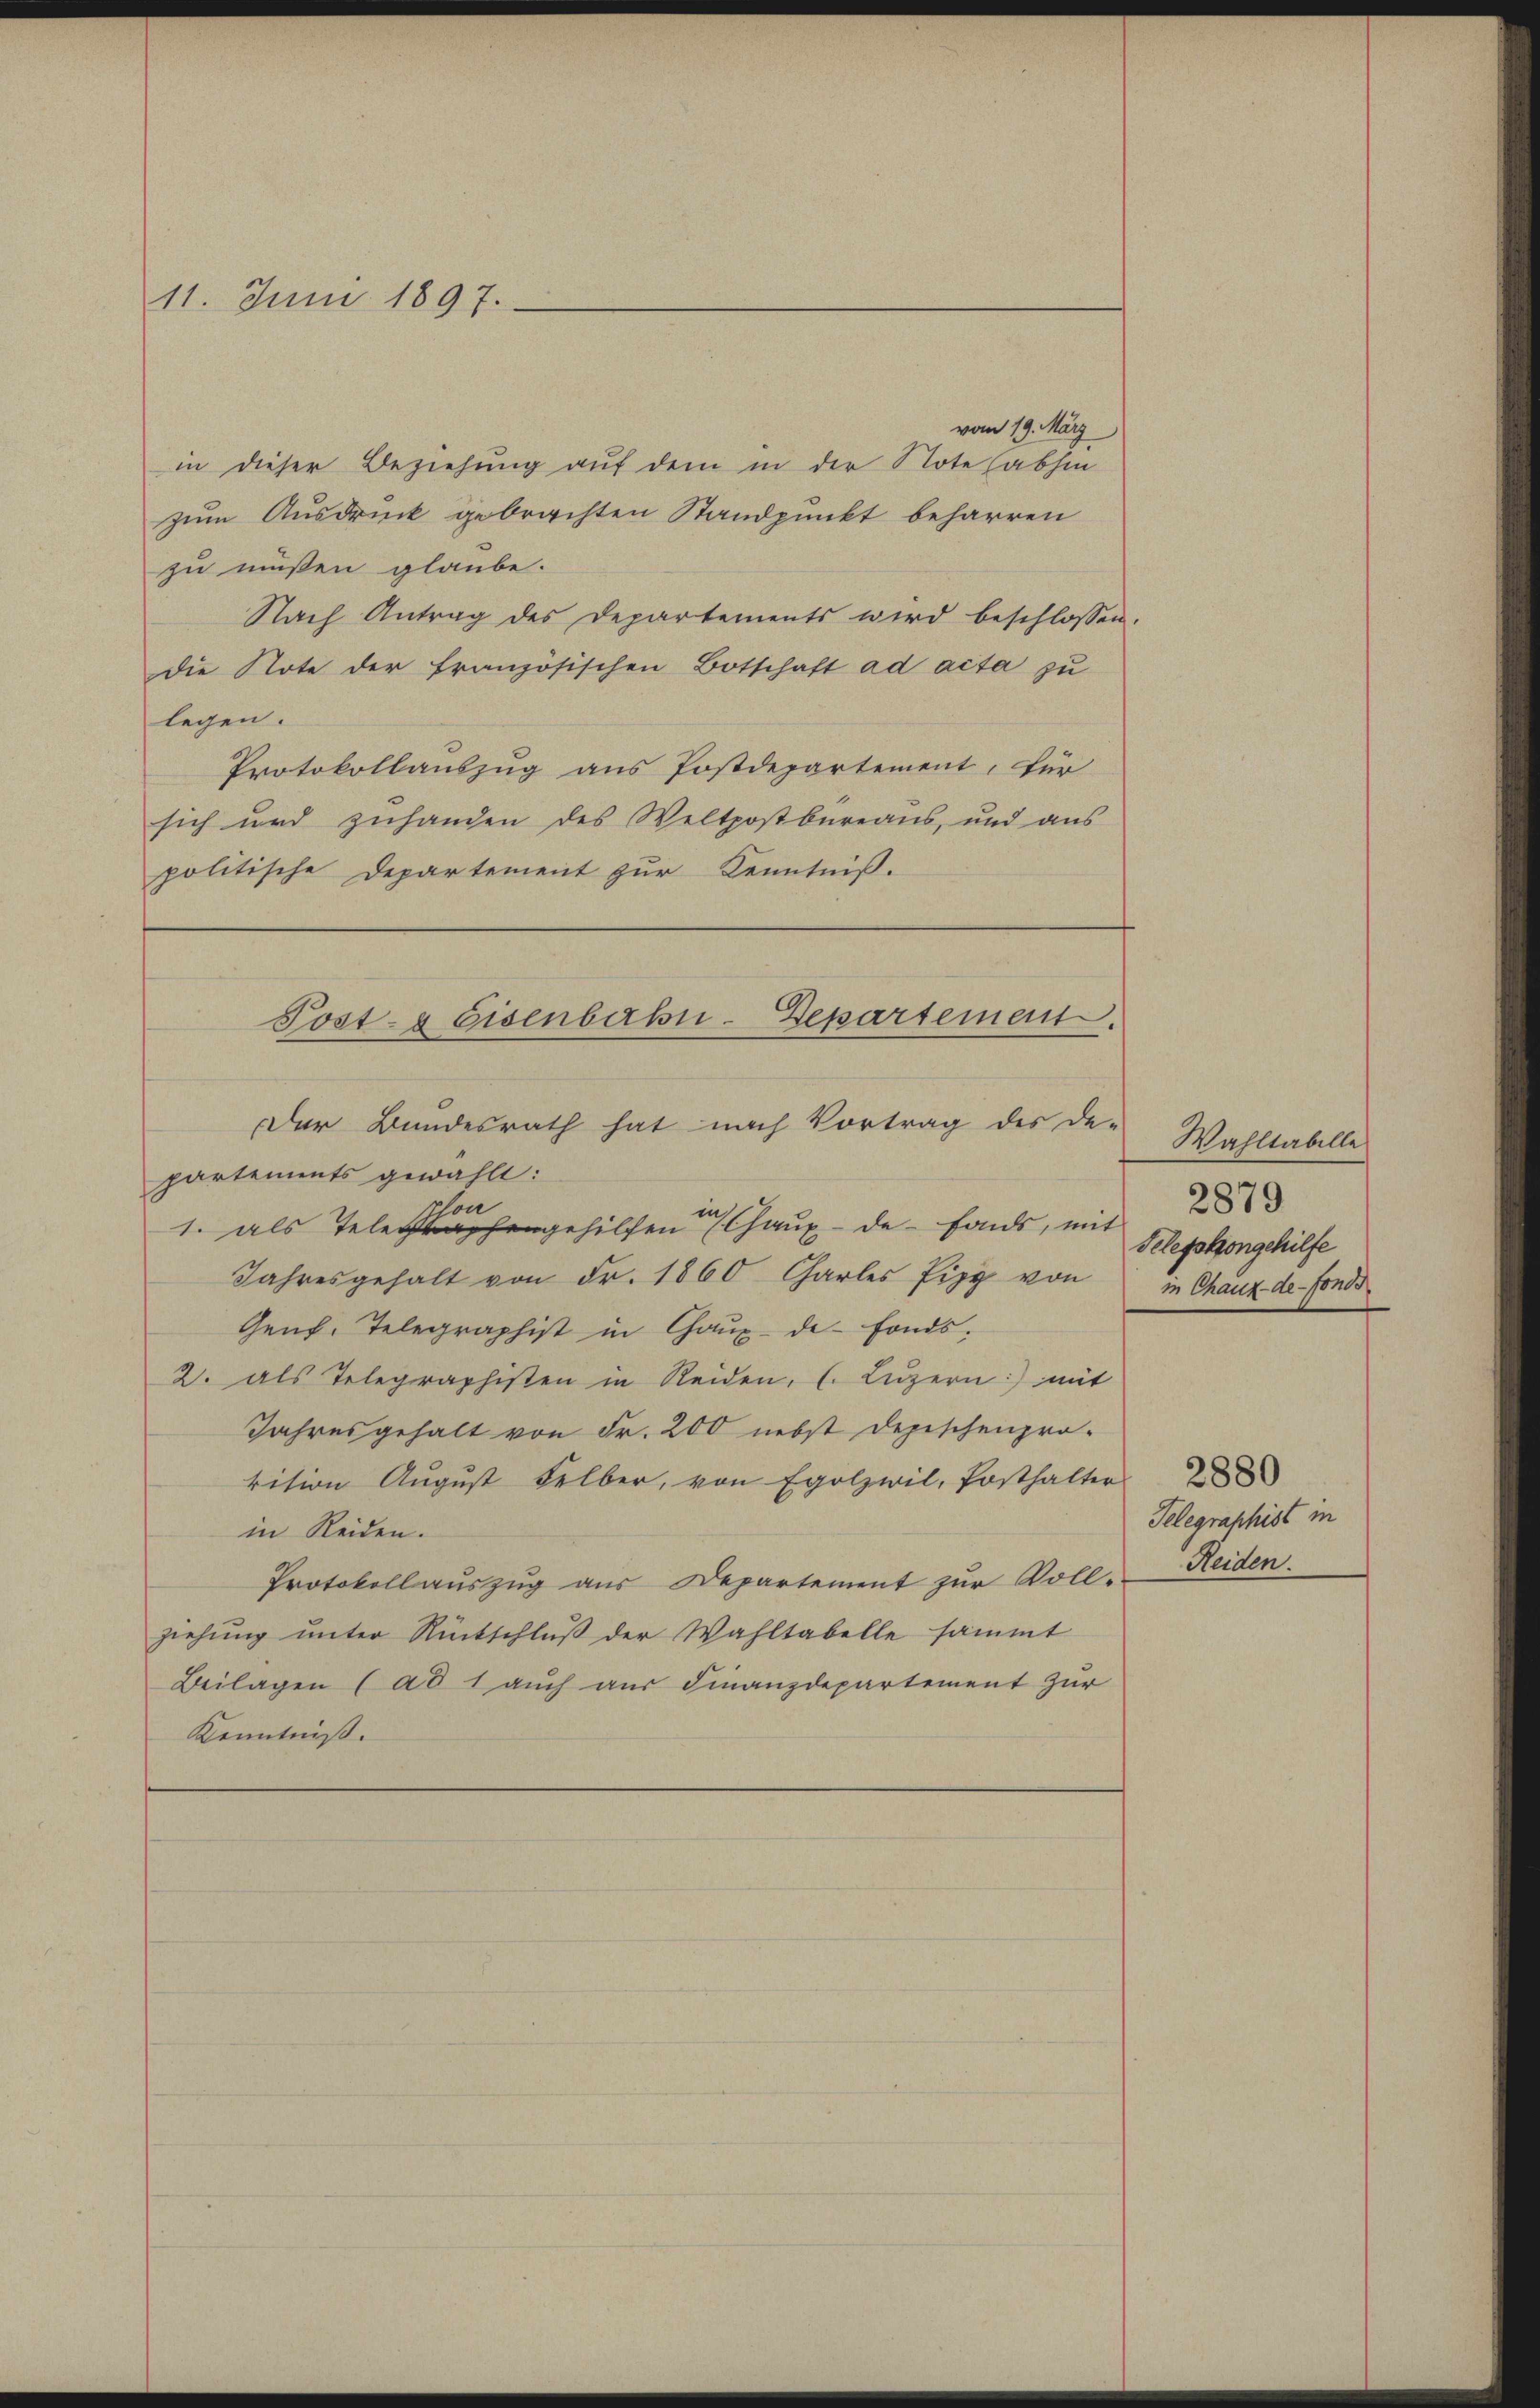
11. Juni 1897.

in dieser Beziehung auf dem in der Note abhin
zum Ausdruck gebrachten Standpunkt beharren
zu müßen glaube.
Nach Antrag des Departements wird beschlossen.
die Note der französischen Botschaft ad acta zu
legen.
Protokollauszug aus Postdepartement, für
sich und zuhanden des Weltpostbureaus, und ans
politische Departement zur Kenntniß.

vom 19. März

partements gewählt:
schon
1. als Telegraphengehilfen Chaux-de-Fonds, mit
Jahresgehalt von Fr. 1860 Charles fipp von
Genf. Telegraphist in Chaux-de-Fonds.
2. als Telegraphisten in Seiden, (. Lŭzern) mit
Jahresgehalt von Fr. 200 nebst Depeschenprotition August Felber, von Egolzwil, Posthalter
in Reiden.
Protokollauszug aus Departement zur Vollziehung unter Rückschluß der Wahltabelle sammt
Beilagen (ad 1 auch aus Finanzdepartement zur
Kenntniß.

Post- & Eisenbahn-Departement.
Der Bundesrath hat nach Vortrag des De-

Wahltabelle
Telephongehilfe
in Chaux-de-Fonds.

2880
Telegraphist in
Reiden.